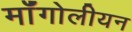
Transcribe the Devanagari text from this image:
मॉंगोलीयन